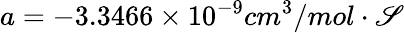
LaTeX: a=-3.3466\times10^{-9}cm^{3}/mol\cdot\mathscr{S}